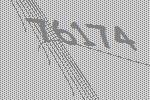
76174